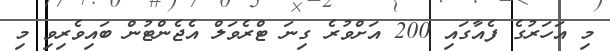
މި އަހަރުގެ ފެއާގައި 200 އަށްވުރެ ގިނަ ޓްރެވަލް އެޖެންޓުން ބައިވެރިވި މި